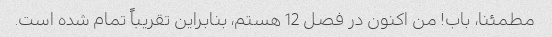
مطمئنا، باب! من اکنون در فصل 12 هستم، بنابراین تقریباً تمام شده است.